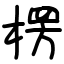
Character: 楞